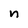
Character: n